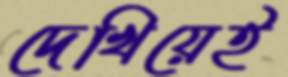
দেখিয়েই